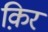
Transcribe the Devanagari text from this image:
क़िर